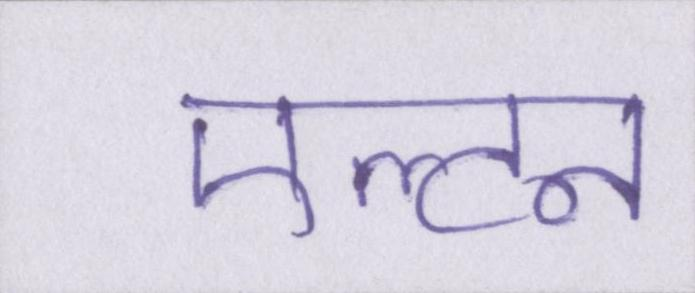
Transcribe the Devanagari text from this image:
एल्टन